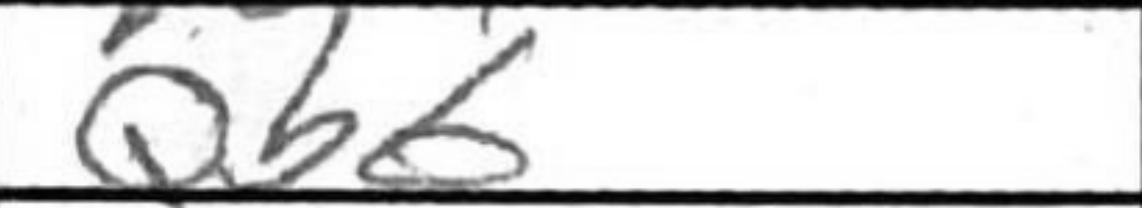
Transcription: Qb6